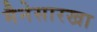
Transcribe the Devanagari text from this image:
मैनेसारखा